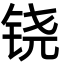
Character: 铙